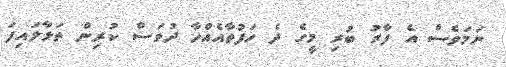
ނަމަވެސް އެ ފާރު ބުރި މީގެ ދެ ހަފުތާއެއްހާ ދުވަސް ކުރިން ތަޅާލައިފަ